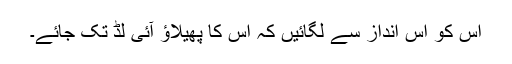
اس کو اس انداز سے لگائیں کہ اس کا پھیلاؤ آئی لڈ تک جائے۔